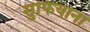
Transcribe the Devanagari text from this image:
सुफियाना